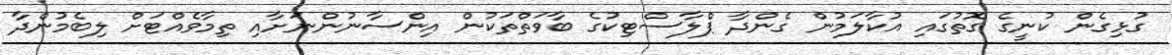
ގުޅިގެން ކުނީގެ ގޮތުގައި އުކާލަމުން ގެންދާ ޕްލާސްޓިކުގެ ބާވަތްތަކުން އިންސާނުންނަށާއި ތިމާވެއްޓަށް ލިބެމުންދާ